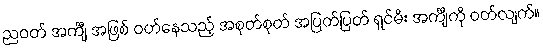
ညဝတ် အင်္ကျီ အဖြစ် ဝတ်နေသည့် အစုတ်စုတ် အပြတ်ပြတ် ရှင်မီး အင်္ကျီကို ဝတ်လျက်။